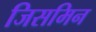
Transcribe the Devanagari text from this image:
जिसमिन